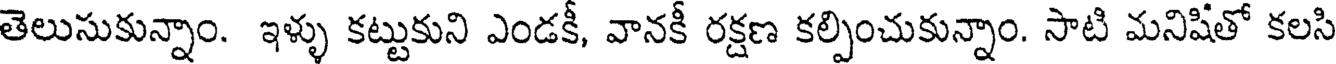
తెలుసుకున్నాం. ఇళ్ళు కట్టుకుని ఎండకీ, వానకీ రక్షణ కల్పించుకున్నాం. సాటి మనిషితో కలసి